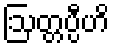
ဩတ္တပ္ပီဟိ